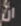
ان